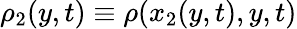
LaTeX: \rho_{2}(y,t)\equiv\rho(x_{2}(y,t),y,t)